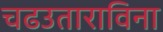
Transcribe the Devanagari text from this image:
चढउताराविना